Indian journal of veterinary science and animal husbandry - Volume 6,
Year: 1936
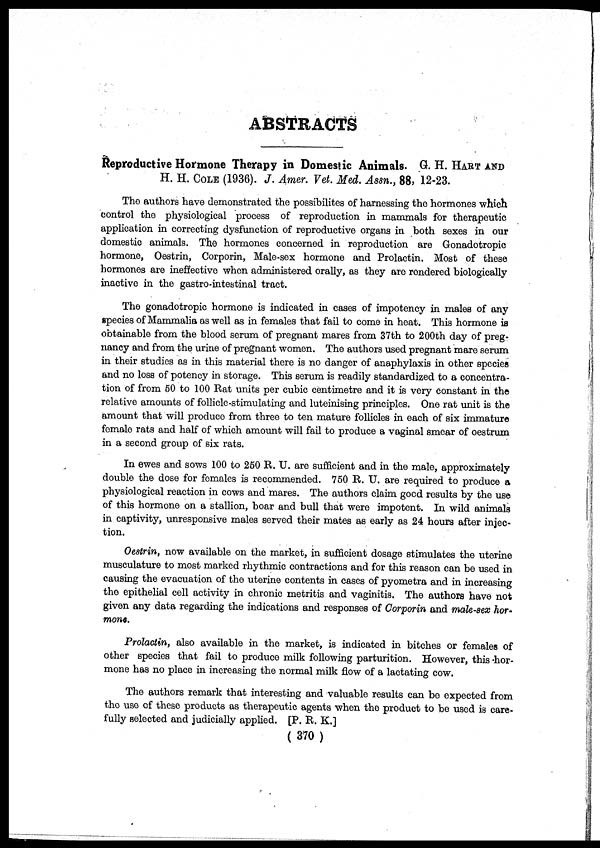
ABSTRACTS
Reproductive Hormone Therapy in Domestic Animals. G. H. HART AND
H. H. COLE (1936). J. Amer. Vet. Med. Assn., 88, 12-23.
The authors have demonstrated the possibilites of harnessing the hormones which
control the physiological process of reproduction in mammals for therapeutic
application in correcting dysfunction of reproductive organs in both sexes in our
domestic animals. The hormones concerned in reproduction are Gonadotropic
hormone, Oestrin, Corporin, Male-sex hormone and Prolactin. Most of these
hormones are ineffective when administered orally, as they are rendered biologically
inactive in the gastro-intestinal tract.
The gonadotropic hormone is indicated in cases of impotency in males of any
species of Mammalia as well as in females that fail to come in heat. This hormone is
obtainable from the blood serum of pregnant mares from 37th to 200th day of preg-
nancy and from the urine of pregnant women. The authors used pregnant mare serum
in their studies as in this material there is no danger of anaphylaxis in other species
and no loss of potency in storage. This serum is readily standardized to a concentra-
tion of from 50 to 100 Rat units per cubic centimetre and it is very constant in the
relative amounts of follicle-stimulating and luteinising principles. One rat unit is the
amount that will produce from three to ten mature follicles in each of six immature
female rats and half of which amount will fail to produce a vaginal smear of oestrum
in a second group of six rats.
In ewes and sows 100 to 250 R. U. are sufficient and in the male, approximately
double the dose for females is recommended. 750 R. U. are required to produce a
physiological reaction in cows and mares. The authors claim good results by the use
of this hormone on a stallion, boar and bull that were impotent. In wild animals
in captivity, unresponsive males served their mates as early as 24 hours after injec-
tion.
Oestrin, now available on the market, in sufficient dosage stimulates the uterine
musculature to most marked rhythmic contractions and for this reason can be used in
causing the evacuation of the uterine contents in cases of pyometra and in increasing
the epithelial cell activity in chronic metritis and vaginitis. The authors have not
given any data regarding the indications and responses of Corporin and male-sex hor-
mone.
Prolactin, also available in the market, is indicated in bitches or females of
other species that fail to produce milk following parturition. However, this hor-
mone has no place in increasing the normal milk flow of a lactating cow.
The authors remark that interesting and valuable results can be expected from
the use of these products as therapeutic agents when the product to be used is care-
fully selected and judicially applied. [P. R. K.]
( 370 )